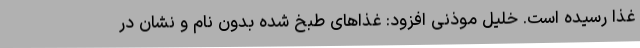
غذا رسیده است. خلیل موذنی افزود: غذاهای طبخ شده بدون نام و نشان در